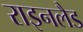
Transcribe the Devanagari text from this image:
राइनलैड